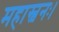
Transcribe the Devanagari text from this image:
महास्वनः।